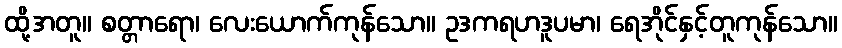
ထို့အတူ။ စတ္တာရော၊ လေးယောက်ကုန်သော။ ဥဒကရဟဒူပမာ၊ ရေအိုင်နှင့်တူကုန်သော။